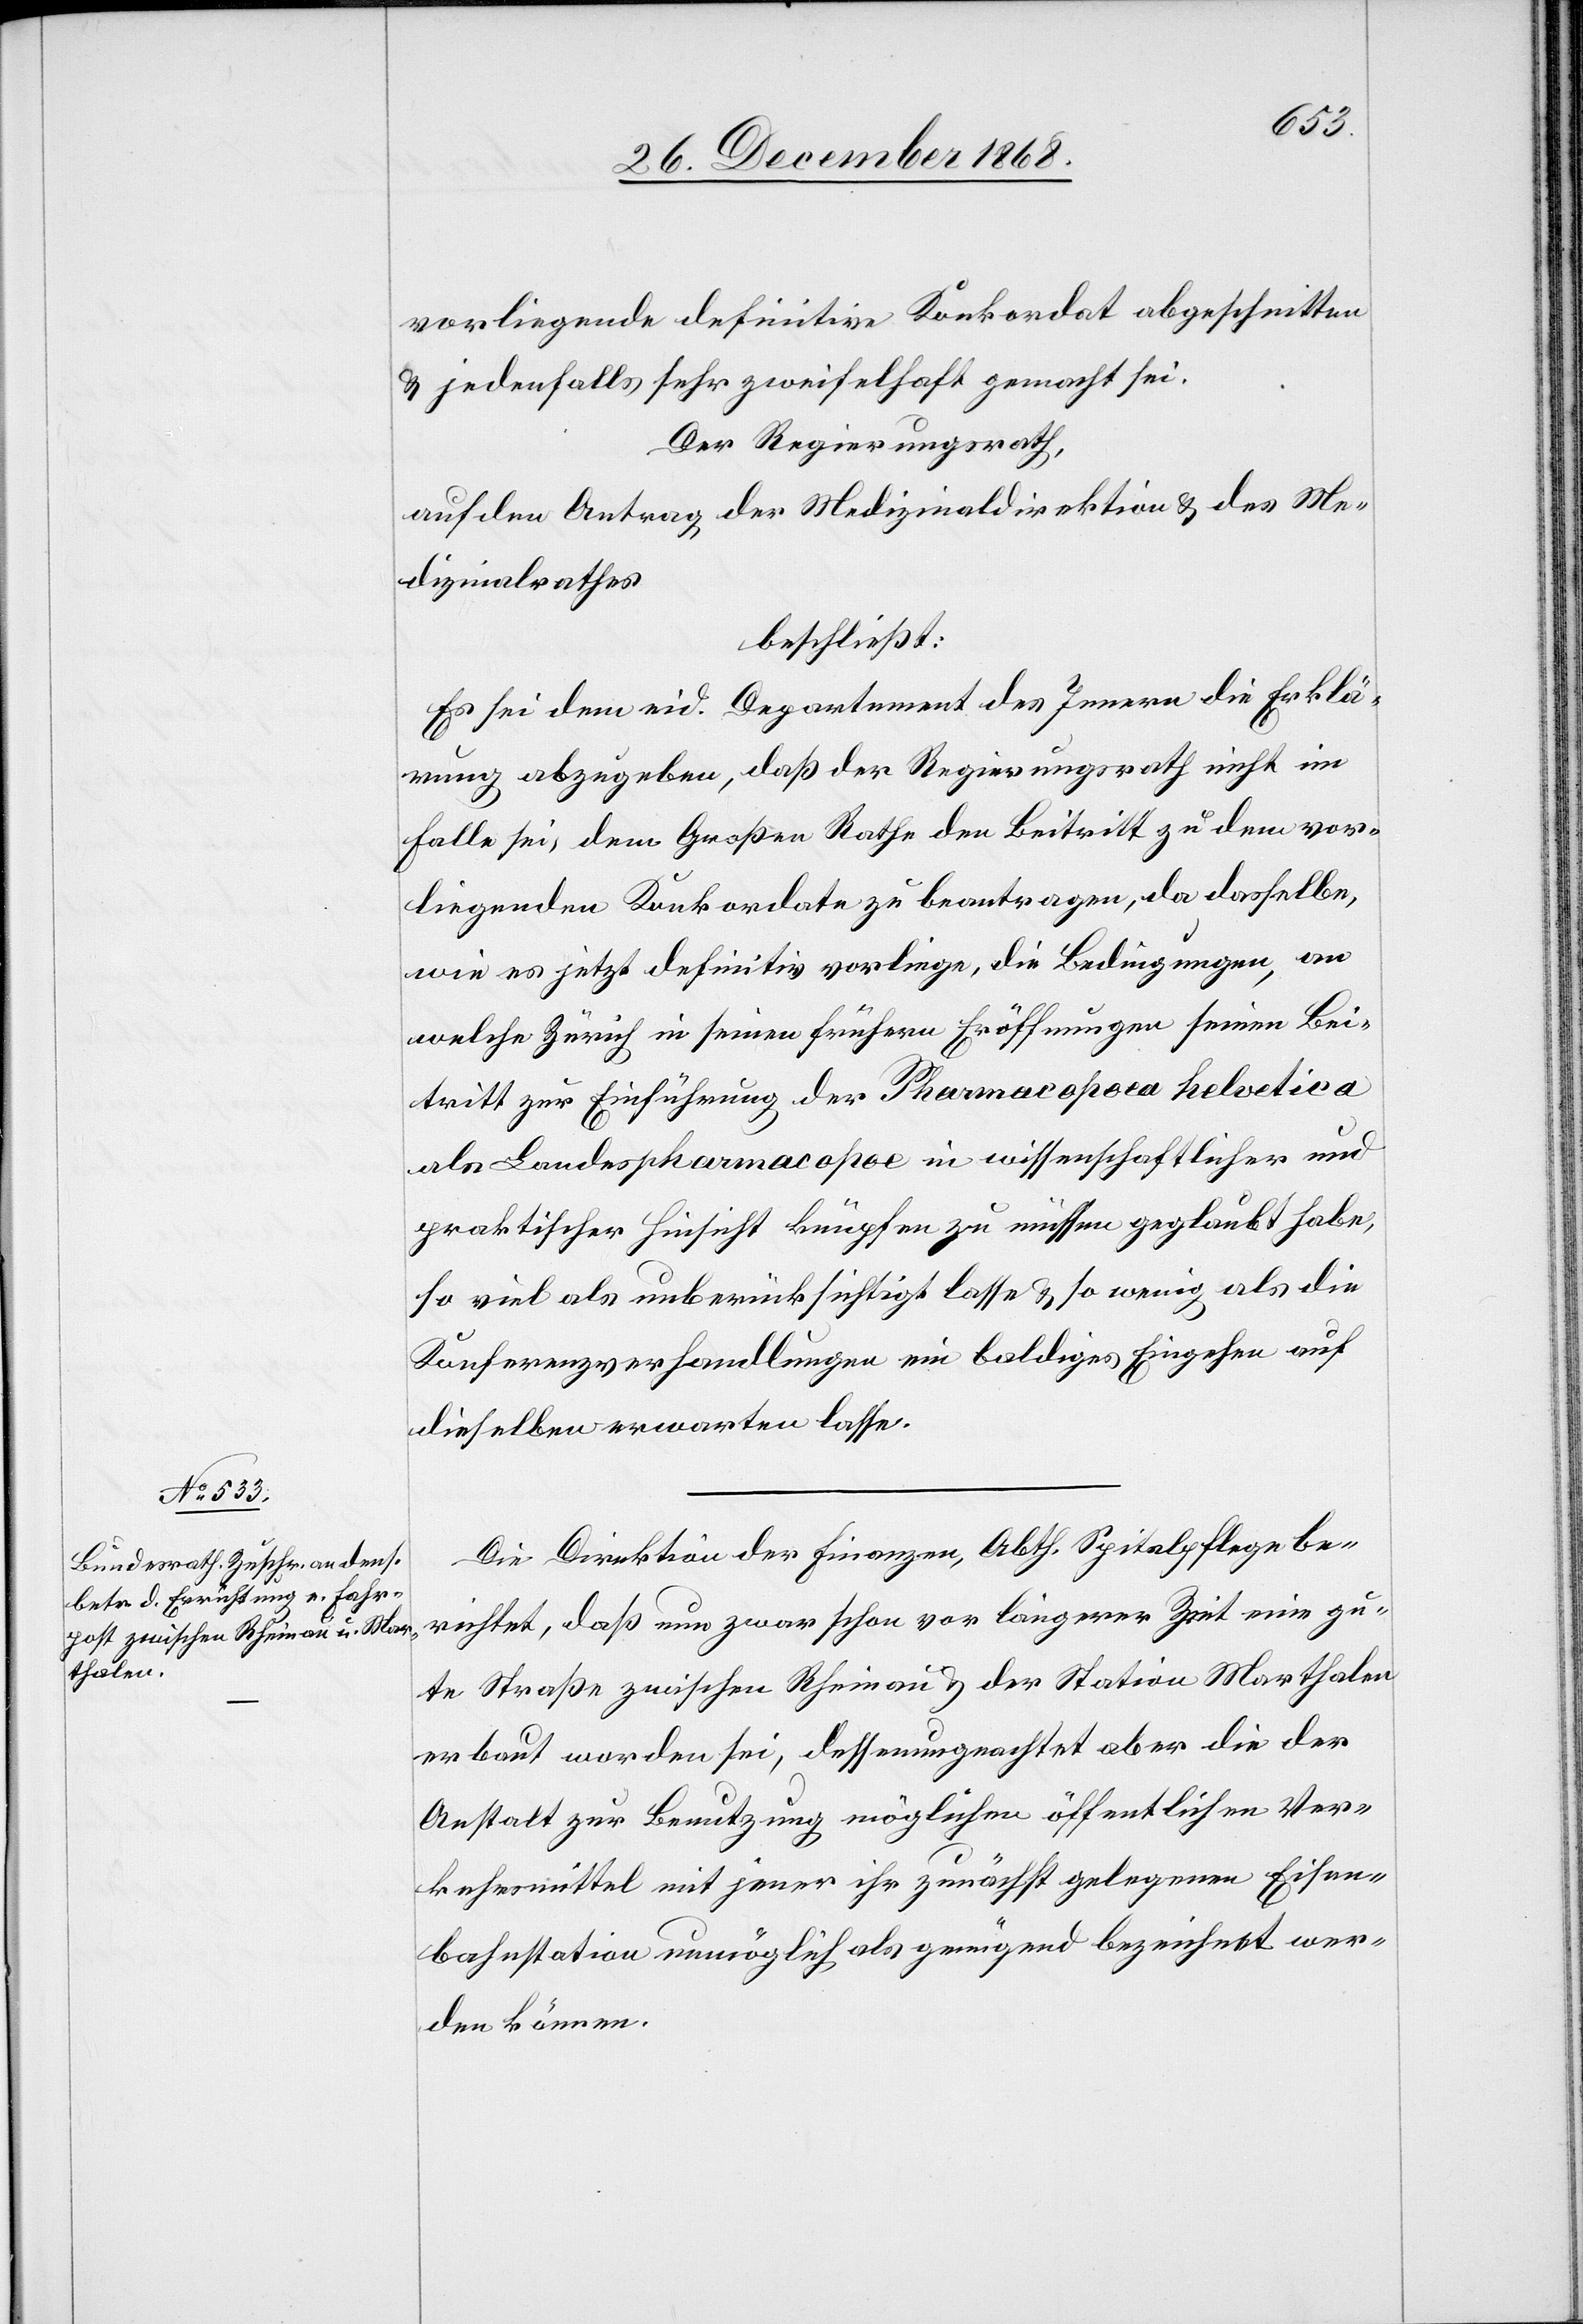
vorliegende definitive Konkordat abgeschnitten
& jedenfalls sehr zweifelhaft gemacht sei.
Der Regierungsrath,
auf den Antrag der Medizinaldirektion & des Me¬
dizinalrathes
beschließt:
Es sei dem eid. Departement des Innern die Erklä¬
rung abzugeben, daß der Regierungsrath nicht im
Falle sei, dem Großen Rathe den Beitritt zu dem vor¬
liegenden Konkordate zu beantragen, da dasselbe,
wie es jetzt definitiv vorliege, die Bedingungen, an
welche Zürich in seinen frühern Eröffnungen seinen Bei¬
tritt zur Einführung der Pharmacopoea helvetica
als Landespharmacopoe in wissenschaftlicher und
praktischer Hinsicht knüpfen zu müssen geglaubt habe,
so viel als unberücksichtigt lasse & so wenig als die
Konferenzverhandlungen ein baldiges Eingehen auf
dieselben erwarten lasse[n].
Die Direktion der Finanzen, Abth. Spitalpflege be¬
richtet, daß nun zwar schon vor längerer Zeit eine gu¬
te Straße zwischen Rheinau & der Station Marthalen
erbaut worden sei, dessenungeachtet aber die der
Anstalt zur Benutzung möglichen öffentlichen Ver¬
kehrsmittel mit jener ihr zunächst gelegenen Eisen¬
bahnstation unmöglich als genügend bezeichnet wer¬
den können.